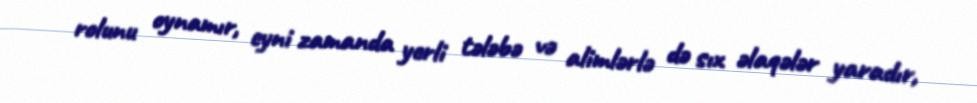
rolunu oynamır, eyni zamanda yerli tələbə və alimlərlə də sıx əlaqələr yaradır,